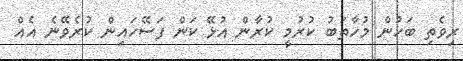
ރިވެތި ބަހުން މުހާތަބު ކުރުމީ ކުރާން އުޅޭ ކަން ފަސޭހައިން ކުރެވޭނެ އެއް